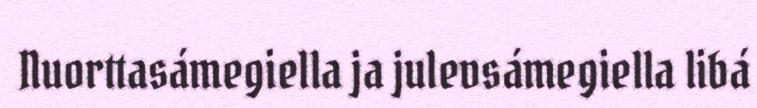
Nuorttasámegiella ja julevsámegiella libá